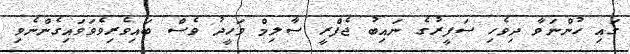
ގައި ހުންނަވާ ދިވެހި ސަފީރުގެ ނައިބު ޖެފްރީ ސާލިމް ވަހީދު ވެސް ބައިވެރިވެވަވައިގެންނެވި